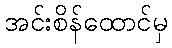
အင်းစိန်ထောင်မှ